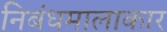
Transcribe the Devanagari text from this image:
निबंधमालाकार